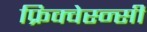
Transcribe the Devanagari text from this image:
फ्रिक्वेस्न्सी